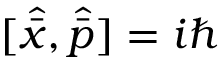
[ \hat { \bar { x } } , \hat { \bar { p } } ] = i \hbar